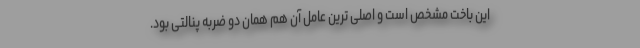
این باخت مشخص است و اصلی ترین عامل آن هم همان دو ضربه پنالتی بود.